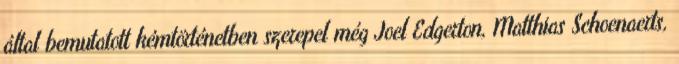
által bemutatott kémtörténetben szerepel még Joel Edgerton, Matthias Schoenaerts,